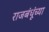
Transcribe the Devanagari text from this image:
राजबंधूंच्या